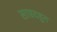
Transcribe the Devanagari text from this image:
साम्रदहुन